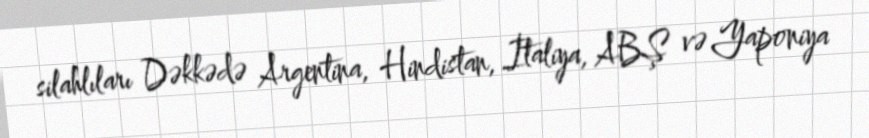
silahlıları Dəkkədə Argentina, Hindistan, İtaliya, ABŞ və Yaponiya